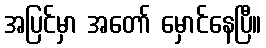
အပြင်မှာ အတော် မှောင်နေပြီ။